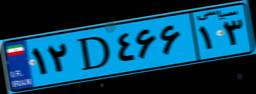
۱۲D۴۶۶۱۳